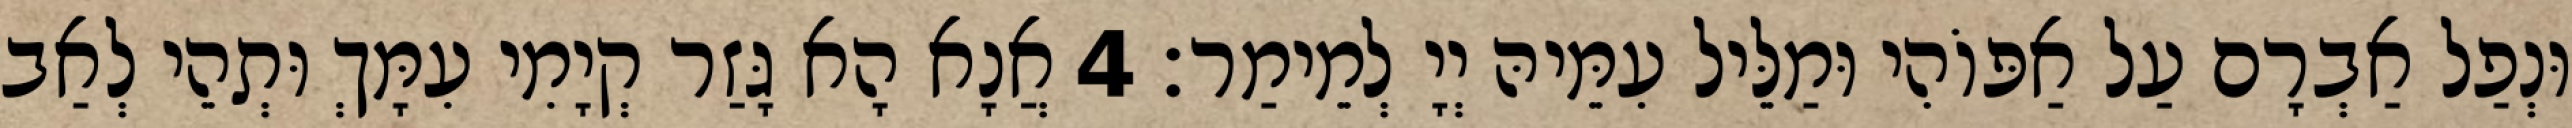
וּנְפַל אַבְרָם עַל אַפּוֹהִי וּמַלֵּיל עִמֵּיהּ יְיָ לְמֵימַר׃ 4 אֲנָא הָא גָּזַר קְיָמִי עִמָּךְ וּתְהֵי לְאַב